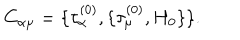
LaTeX: C _ { \alpha \mu } = \{ \tau _ { \alpha } ^ { ( 0 ) } , \{ \tau _ { \mu } ^ { ( 0 ) } , H _ { 0 } \} \} .